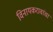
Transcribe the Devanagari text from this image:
विनायकरावांचा